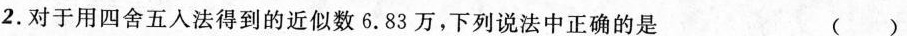
2.对于用四舍五入法得到的近似数6.83万，下列说法中正确的是 ()